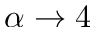
\alpha \rightarrow 4